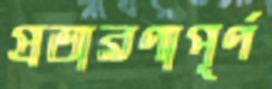
প্রতারণাপূর্ণ